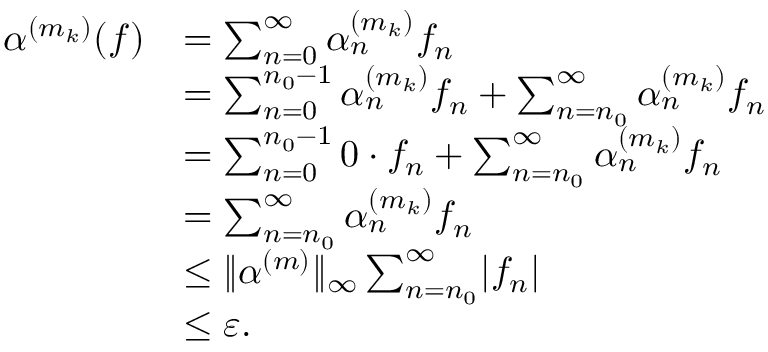
\begin{array} { r l } { \alpha ^ { ( m _ { k } ) } ( f ) } & { = \sum _ { n = 0 } ^ { \infty } \alpha _ { n } ^ { ( m _ { k } ) } f _ { n } } \\ & { = \sum _ { n = 0 } ^ { n _ { 0 } - 1 } \alpha _ { n } ^ { ( m _ { k } ) } f _ { n } + \sum _ { n = n _ { 0 } } ^ { \infty } \alpha _ { n } ^ { ( m _ { k } ) } f _ { n } } \\ & { = \sum _ { n = 0 } ^ { n _ { 0 } - 1 } 0 \cdot f _ { n } + \sum _ { n = n _ { 0 } } ^ { \infty } \alpha _ { n } ^ { ( m _ { k } ) } f _ { n } } \\ & { = \sum _ { n = n _ { 0 } } ^ { \infty } \alpha _ { n } ^ { ( m _ { k } ) } f _ { n } } \\ & { \leq \lVert \alpha ^ { ( m ) } \rVert _ { \infty } \sum _ { n = n _ { 0 } } ^ { \infty } \lvert f _ { n } \rvert } \\ & { \leq { \varepsilon } . } \end{array}